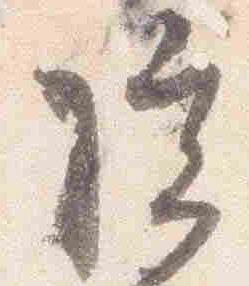
院